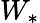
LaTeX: W_{\ast}